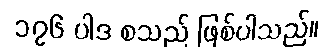
၁၇၆ ပါဒ စသည် ဖြစ်ပါသည်။